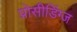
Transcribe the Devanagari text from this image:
प्रोसीडिंग्ज